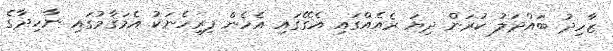
ޒާހިދު ބައްދަލު ކުރަން ދިޔަ ރެއެއްގައި އެގޭގައި އެހެން ފިރިހެނަކު އެމަޤާމުގައި ނާހިދާގެ